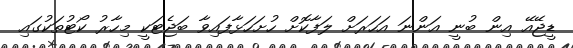
ޑީޖޭއޭ އިން ބުނީ އަންނަ އަހަރަށް ލަފާކޮށް ހުށަހަޅާފައިވާ ބަޖެޓަކީ މިހާރު ކޯޓުތަކުގައި